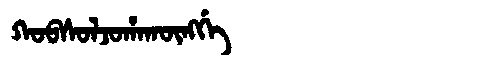
Manchu: ᡴᠣᠪᠰᠣᠯᠵᠣᡥᠠᡴᡡᠩᡤᡝ
Romanization: KOBSOLJOHAKŪNGGE